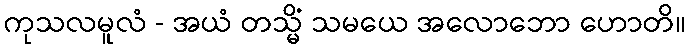
ကုသလမူလံ - အယံ တသ္မိံ သမယေ အလောဘော ဟောတိ။